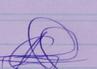
Signature authenticity: genuine